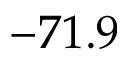
- 7 1 . 9